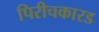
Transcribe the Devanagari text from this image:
पिरीचकारड